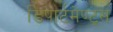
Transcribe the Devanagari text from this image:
डिपार्टमेण्ट्स